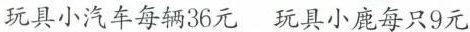
玩具小汽车每辆36元 玩具小鹿每只9元